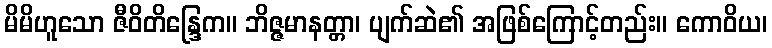
မိမိဟူသော ဇီဝိတိန္ဒြေက။ ဘိဇ္ဇမာနတ္တာ၊ ပျက်ဆဲ၏ အဖြစ်ကြောင့်တည်း။ ကောဝိယ၊